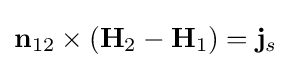
\mathbf {n} _{12}\times (\mathbf {H} _{2}-\mathbf {H} _{1})=\mathbf {j} _{s}